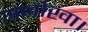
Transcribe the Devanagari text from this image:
अनोखा।